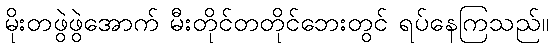
မိုးတဖွဲဖွဲအောက် မီးတိုင်တတိုင်ဘေးတွင် ရပ်နေကြသည်။